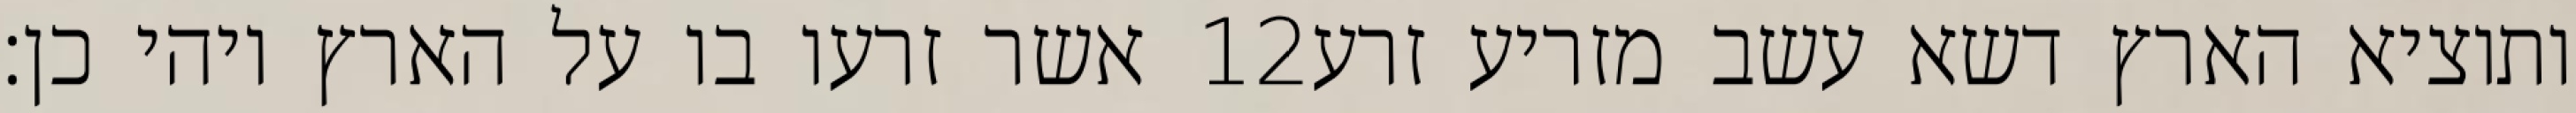
אשר זרעו בו על הארץ ויהי כן׃ ‎12‏ ותוציא הארץ דשא עשב מזריע זרע